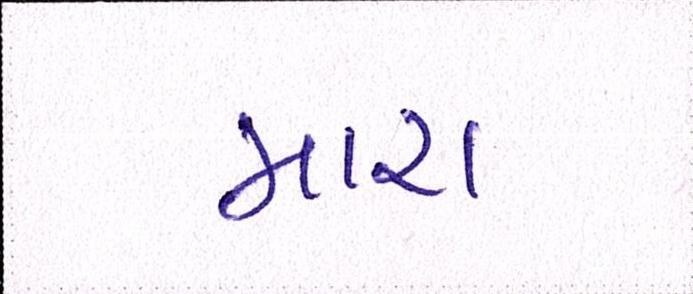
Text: મારા